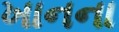
ખાનના